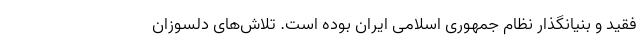
فقید و بنیانگذار نظام جمهوری اسلامی ایران بوده است. تلاش‌های دلسوزان